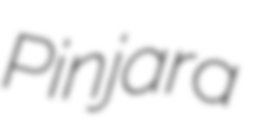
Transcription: Pinjara